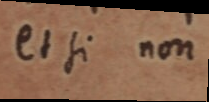
et si non